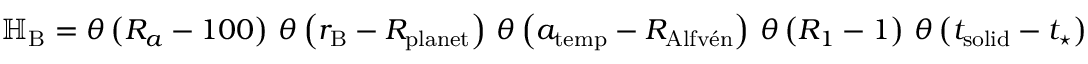
\begin{array} { r } { \mathbb H _ { \mathrm { B } } = \theta \left( R _ { a } - 1 0 0 \right) \, \theta \left( r _ { \mathrm { B } } - R _ { \mathrm { p l a n e t } } \right) \, \theta \left( a _ { \mathrm { t e m p } } - R _ { \mathrm { A l f v \' e n } } \right) \, \theta \left( R _ { 1 } - 1 \right) \, \theta \left( t _ { \mathrm { s o l i d } } - t _ { \star } \right) } \end{array}